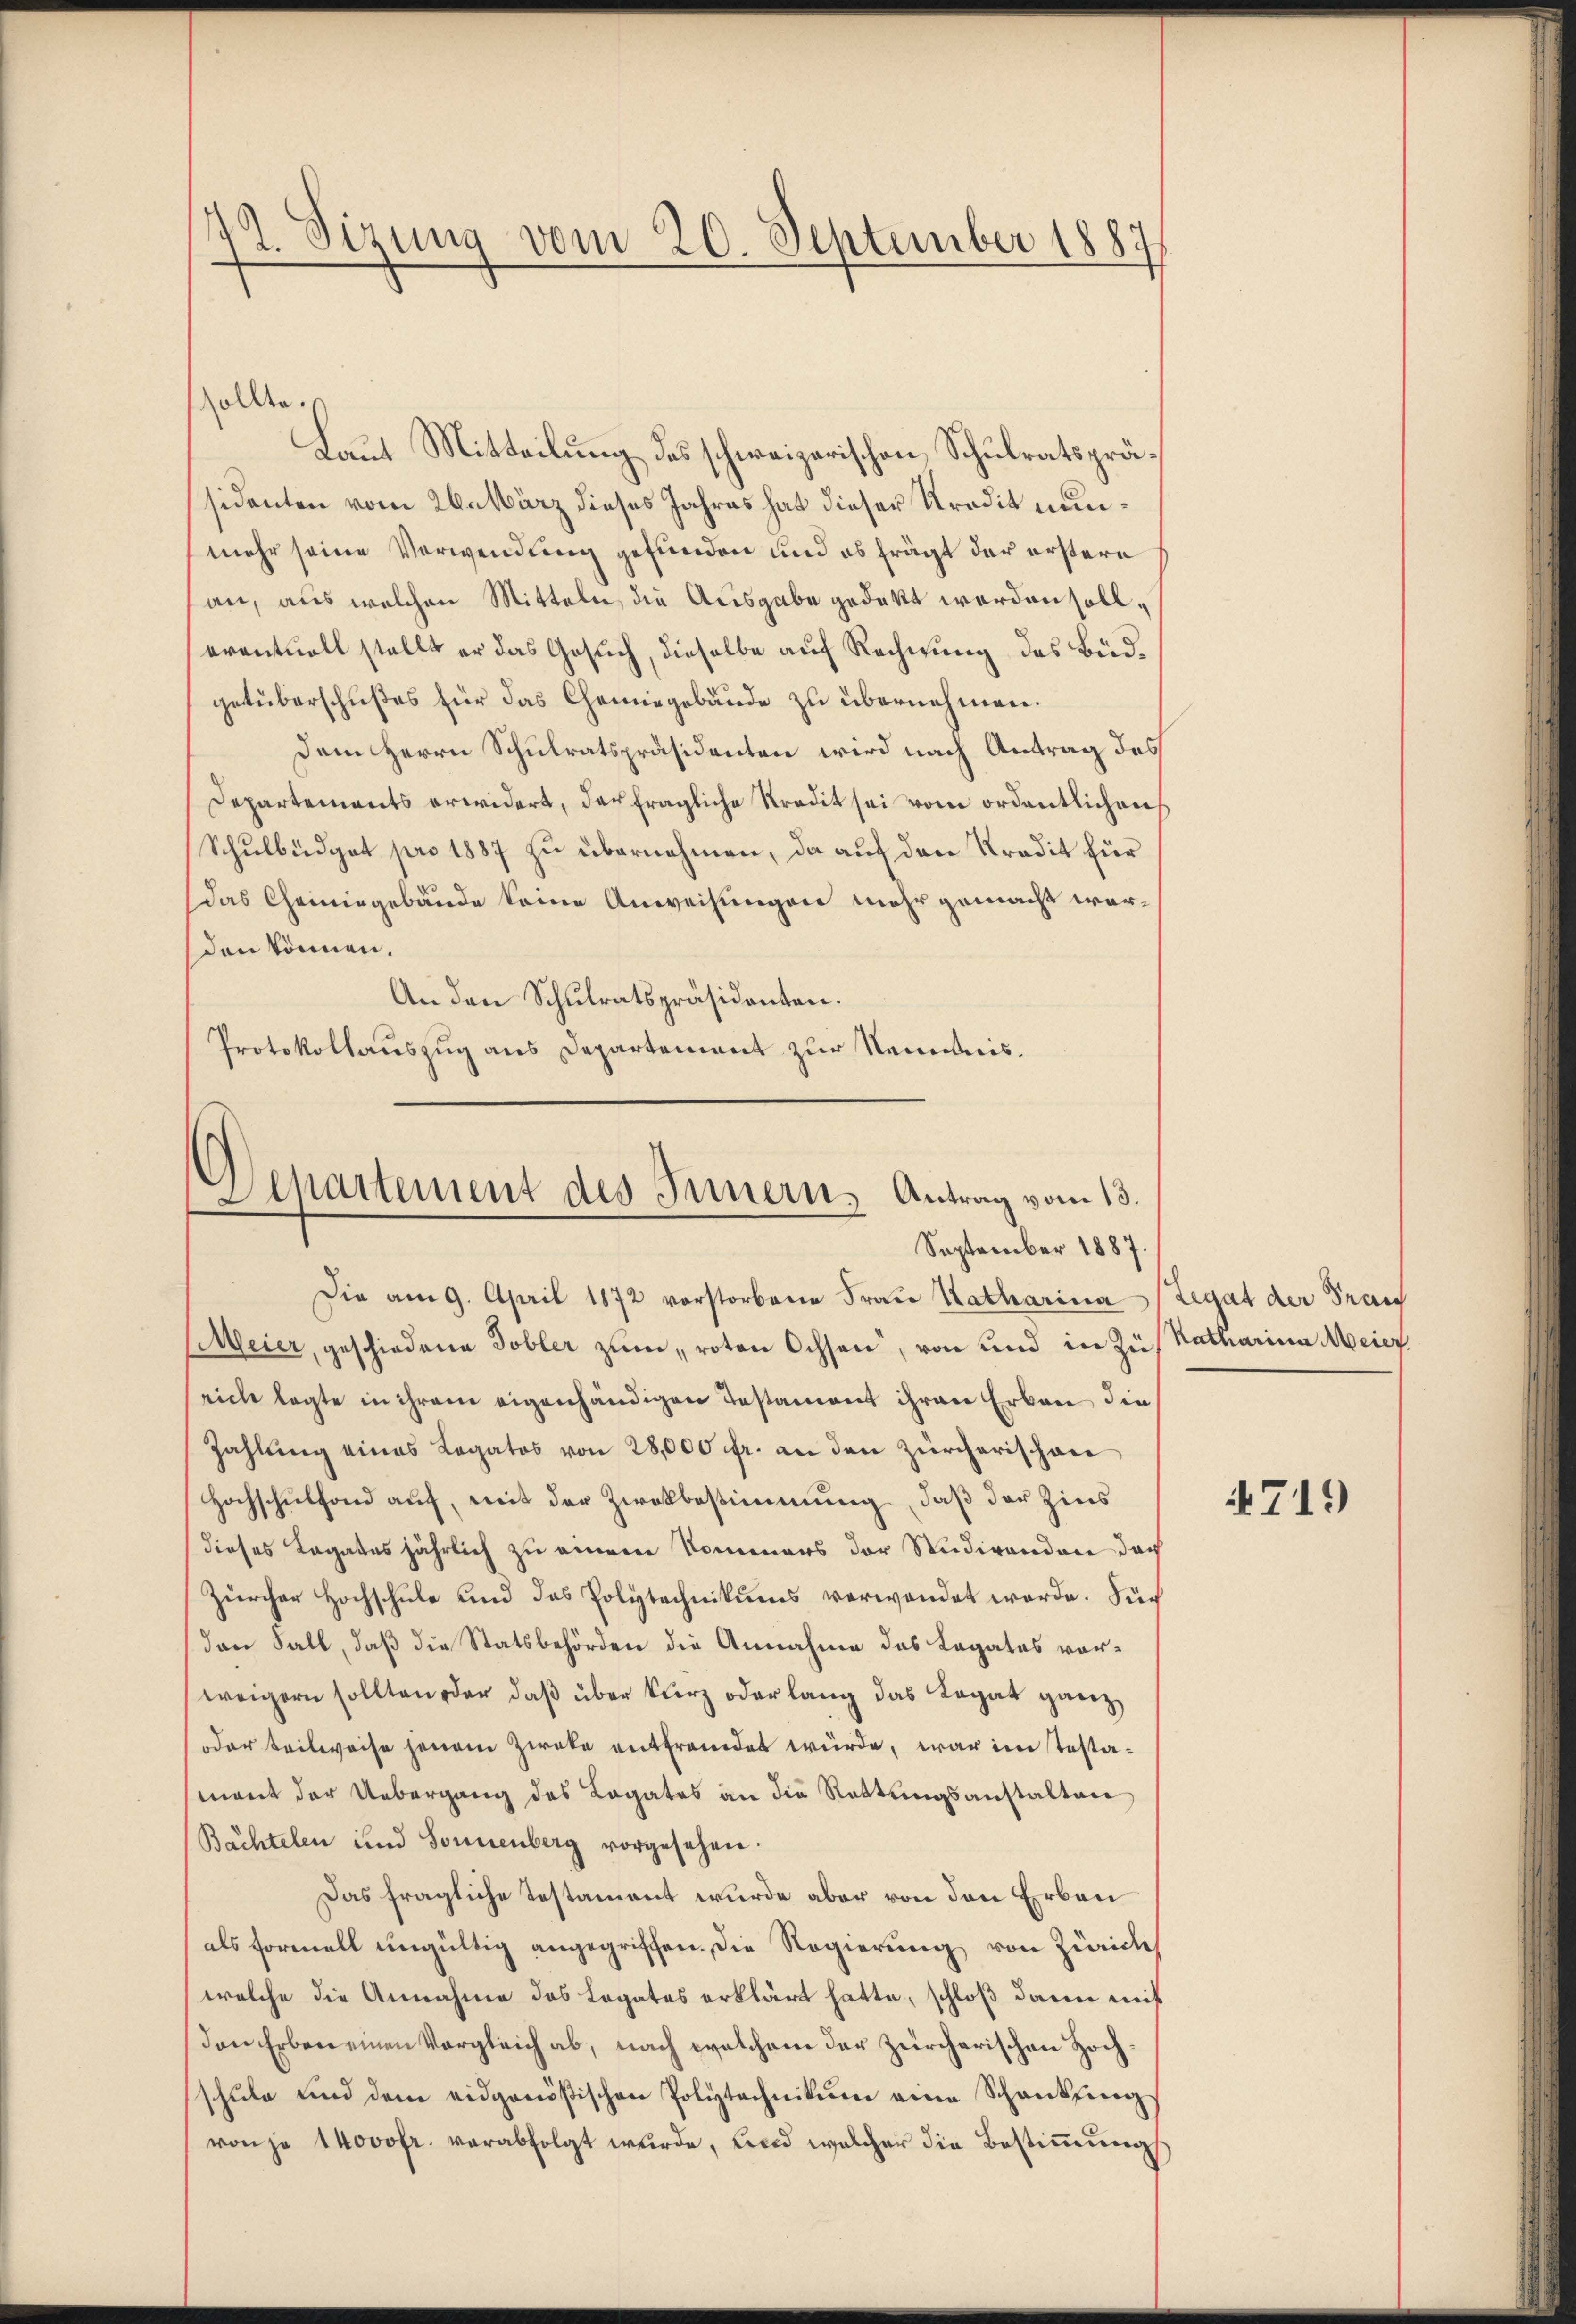
72. Sizung vom 20. September 1887

sollte.
Laut Mitteilung des schweizerischen Schulratspräsidenten vom 26. März dieses Jahres hat dieser Kredit nunmehr seine Verwendung gefunden und es frägt der erstere
an, aus welchen Mitteln, die Ausgabe gedekt werden soll,
eventuell stellt er das Gesuch, dieselbe auf Rechnung des Büdgetüberschußes für das Chemingebäude zu übernehmen.
Dem Herrn Schulratspräsidenten wird nach Antrag des
Departements erwidert, der fragliche Stradit sei vom ordentlichen
Schulbüdget pro 1887 zu übernehmen, da auf den Kredit für
das Cheiningebäude keine Anweisungen mehr gemacht werden können.
An den Schulratspräsidenten.
Protokollauszug aus Departement zur Nenntnis.

Departement des Innern, Antrag vom 13.
September 1887.

Die am 9. April 1872 vorstorbene Frau Katharina Legat der Pran
(Meier, geschiedene Tobler zum roten Ochsen, von und in Zus Ratharina Meier
rich legte in ihrem eigenhändigen Testament ihren Erbau die
Zahlung eines Legatos von 28,000 fr. an den Zürcherischon
Hochschulfond auf, mit der Zwekbestimmung, daß der Zins
dieses Ragates jährlich zu einem Nommers der Studirenden der
Zürcher Hochschule und das Polytechnikums verwendet werde. Fiden Fall, daß die Statsbehörden die Annahme des Legates vorweigern sollten oder daß über kurz oder lang das Legat ganz
oder teilweise jenem Zweke entfremdet würde, war im Testamant der Uebergang des Legates an die Rettungsanstalten
Bächtelen und Sonnenberg vorgesehen.
Das fragliche Testament wurde aber von den Erben
als formell ungültig angegriffen. Die Regierung von Züriches
welche die Annahme des Legates erklärt hatte, schloß dann mit
Den Erben einen Vergleich ab, nach welchem der zürcherischen Hochschule und dem eidgenößischen Polytechnikum eine Schankfing
von je 14000fr. verabfolgt wŭrde, und welcher die Bestiṁŭng

4719